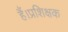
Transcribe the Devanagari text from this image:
हैं।प्रशिक्षक